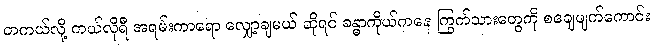
တကယ်လို့ ကယ်လိုရီ အရမ်းကာရော လျှော့ချမယ် ဆိုရင် ခန္ဓာကိုယ်ကနေ ကြွက်သားတွေကို စချေဖျက်ကောင်း